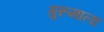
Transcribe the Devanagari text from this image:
गुरूमाला